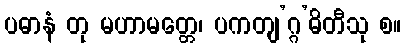
ပဓာနံ တု မဟာမတ္တေ၊ ပကတျ’ဂ္ဂ’ဓိတီသု စ။